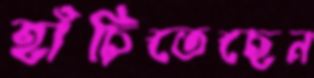
হাঁচিতেছেন